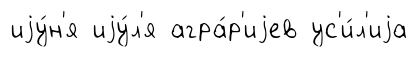
иjу́н'я иjу́л'я агра́р'иjев ус'и́л'иjа